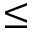
\leq